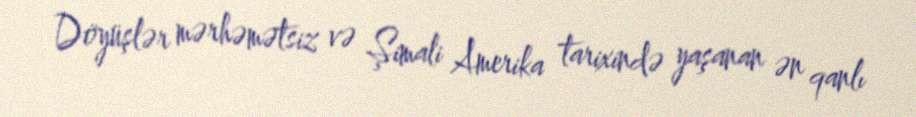
Döyüşlər mərhəmətsiz və Şimali Amerika tarixində yaşanan ən qanlı